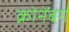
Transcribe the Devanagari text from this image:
क्रोनेंबर्ग